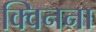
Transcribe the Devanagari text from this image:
क्विनना